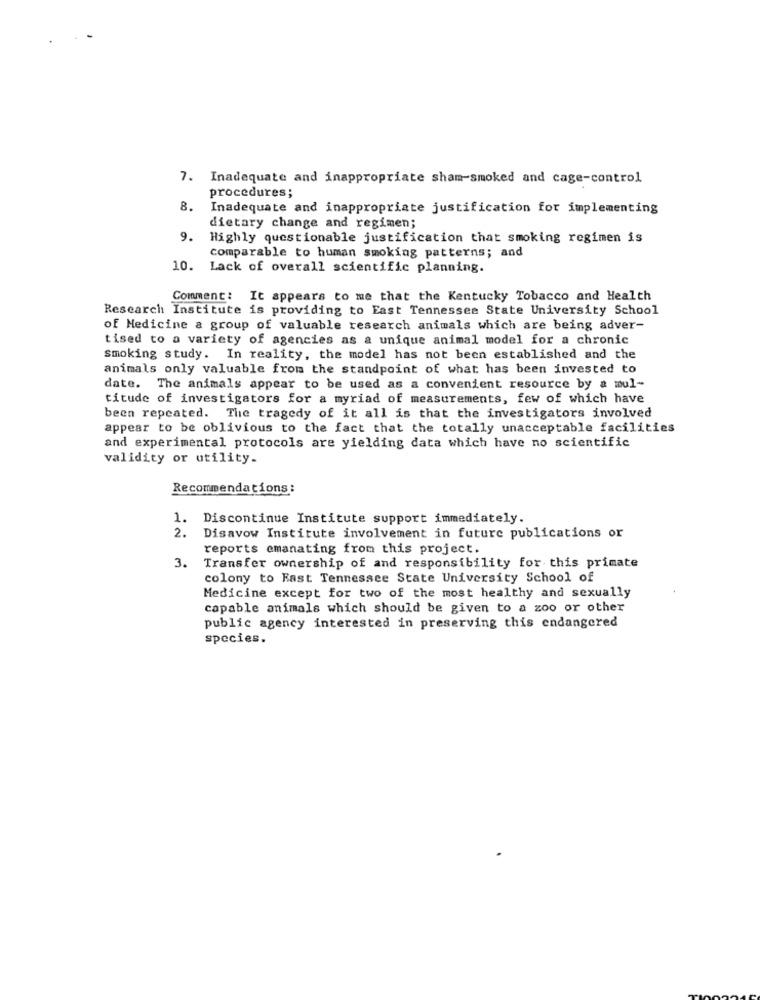
7. Inadequate and inappropriate sham-smoked and cage-control
procedures;
8.
Inadequate and inappropriate justification for implementing
dietary change and regimen;
9. Highly questionable justification that smoking regimen is
comparable to human smoking patterns; and
10. Lack of overall scientific planning.
Comment: It appears to me that the Kentucky Tobacco and Health
Research Institute is providing to East Tennessee State University School
of Medicine a group of valuable research animals which are being adver-
tised to a variety of agencies as a unique animal model for a chronic
smoking study. In reality, the model has not been established and the
animals only valuable from the standpoint of what has been invested to
date. The animals appear to be used as a convenient resource by a mul-
titude of investigators for a myriad of measurements, few of which have
been repeated. The tragedy of it all is that the investigators involved
appear to be oblivious to the fact that the totally unacceptable facilities
and experimental protocols are yielding data which have no scientific
validity or utility.
Recommendations:
1. Discontinue Institute support immediately.
2. Disavow Institute involvement in future publications or
reports emanating from this project.
3. Transfer ownership of and responsibility for this primate
colony to Fast Tennessee State University School of
Medicine except for two of the most healthy and sexually
capable animals which should be given to a zoo or other
public agency interested in preserving this endangered
species.